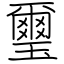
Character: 璽